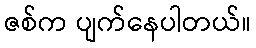
ဇစ်က ပျက်နေပါတယ်။